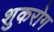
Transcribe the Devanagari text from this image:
शुकरोग